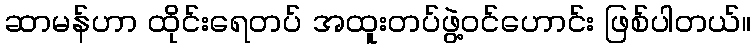
ဆာမန်ဟာ ထိုင်းရေတပ် အထူးတပ်ဖွဲ့ဝင်ဟောင်း ဖြစ်ပါတယ်။